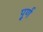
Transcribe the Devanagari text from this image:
पू्र्ण